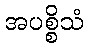
အပစ္စိသံ